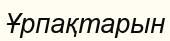
Ұрпақтарын